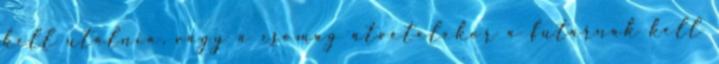
kell utalnia, vagy a csomag átvételekor a futárnak kell